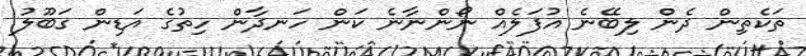
ތަކެތިން ދެން ލިބޭނެ އުފަލެއް ނޯންނާނެ ކަން ހަނދާން ހިތުގެ އަޑިން ގަބޫލު